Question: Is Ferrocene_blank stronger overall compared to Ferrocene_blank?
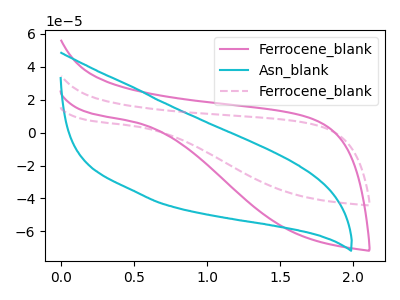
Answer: <think>The pink curve "Ferrocene_blank" has no peaks. The cyan curve "Asn_blank" has no peaks. The pink dashed curve "Ferrocene_blank" has no peaks.
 Neither "Ferrocene_blank" or "Ferrocene_blank" have any peaks.</think>
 <answer>I cant tell if "Ferrocene_blank" or "Ferrocene_blank" has more signal.</answer>
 <eval>mixed_signal</eval>